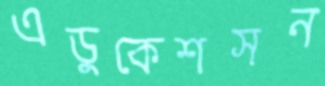
এডুকেশসন